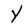
Character: Y